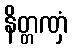
နိတ္တဏှံ